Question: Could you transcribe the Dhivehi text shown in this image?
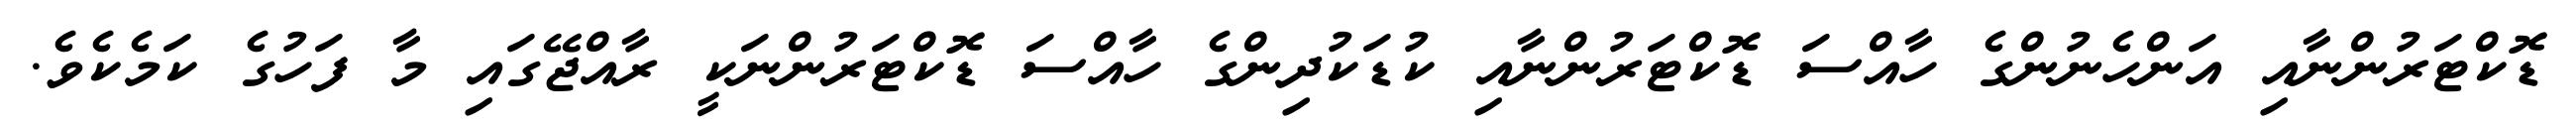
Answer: ޑޮކްޓަރުންނާއި އަންހެނުންގެ ހާއްސަ ޑޮކްޓަރުންނާއި ކުޑަކުދިންގެ ހާއްސަ ޑޮކްޓަރުންނަކީ ރާއްޖޭގައި މާ ފަހުގެ ކަމެކެވެ.